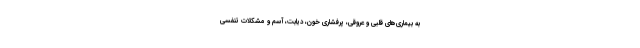
به بیماری‌های قلبی و عروقی، پرفشاری خون، دیابت، آسم و مشکلات تنفسی